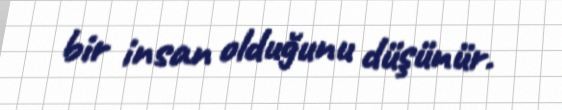
bir insan olduğunu düşünür.